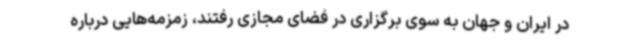
در ایران و جهان به سوی برگزاری در فضای مجازی رفتند، زمزمه‌هایی درباره